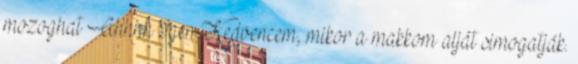
mozoghat Ahhhh Igen Kedvencem, mikor a makkom alját simogatják.